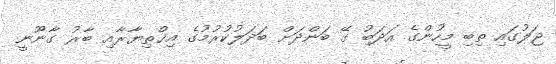
ޖަލުގައި ތިބި މީހުންގެ އަދަބު ގޭ ބަންދަށް ބަދަލުކުރުމުގެ އިޚްތިޔާރާއި ބާރު ގާނޫނީ